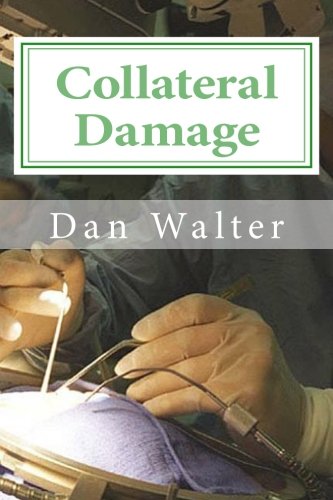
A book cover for Collateral Damage: A Patient, a New Procedure, and the Learning Curve; Dan Walter; Biographies & Memoirs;